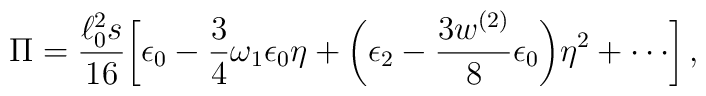
\Pi =\frac{\ell _0^2s}{16}\biggl[\epsilon _0-\frac{3}{4}\omega_1\epsilon_0 \eta +\biggl(\epsilon _2 -\frac{3w^{(2)}}{8}\epsilon_0\biggl)\eta ^2 +\cdots \biggr]\, ,